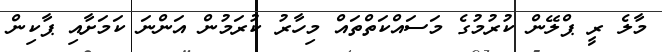
މާލެ ރީ ޕްލޭން ކުރުމުގެ މަސައްކަތްތައް މިހާރު ކުރަމުން އަންނަ ކަމަށާއި ޕާކިން